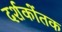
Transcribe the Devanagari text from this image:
दर्शकोंतक